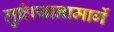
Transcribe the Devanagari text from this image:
लुधियानामार्गे